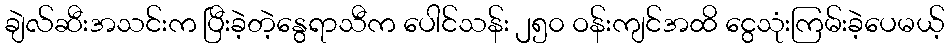
ချဲလ်ဆီးအသင်းက ပြီးခဲ့တဲ့နွေရာသီက ပေါင်သန်း ၂၅၀ ဝန်းကျင်အထိ ငွေသုံးကြမ်းခဲ့ပေမယ့်